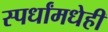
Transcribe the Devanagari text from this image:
स्पर्धांमधेही